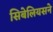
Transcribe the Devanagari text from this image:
सिबेलियसने